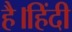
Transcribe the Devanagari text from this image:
है।हिंदी